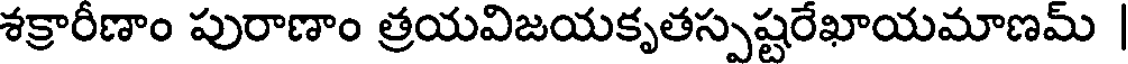
శక్రారీణాం పురాణాం త్రయవిజయకృతస్పష్టరేఖాయమాణమ్